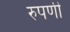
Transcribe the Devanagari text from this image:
रुपणी